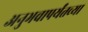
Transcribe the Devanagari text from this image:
अनुभवापर्यंतच्या